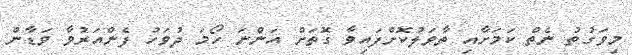
މިވަގުތު ނެތް ކަމަށާއި ތާވަލުކޮށްފައިވާ ގޮތަށް އަންނަ ހޯމަ ދުވަހު ފެންއަރުވާ ވަޑާން